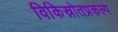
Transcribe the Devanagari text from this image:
विकिस्रोतप्रकल्प